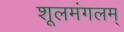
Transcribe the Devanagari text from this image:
शूलमंगलम्‌